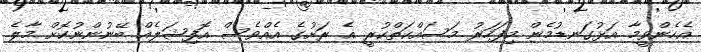
އެހެންވީމާ އަޅުގަނޑުމެން މިފަހަރު މަސައްކަތްކުރީ އެ ރަށުގެ އެއްވެސް އޮފިޝަލެއް ބޭނުންނުކޮށް މާލެ